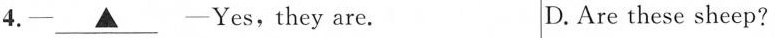
4.— \underline{▲} —Yes,they are. D. Are these sheep?